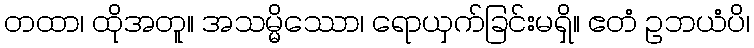
တထာ၊ ထိုအတူ။ အသမ္မိဿော၊ ရောယှက်ခြင်းမရှိ။ ဧတံ ဥဘယံပိ၊